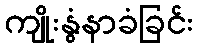
ကျိုးနွံနာခံခြင်း